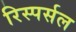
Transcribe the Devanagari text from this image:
रिस्पर्सल